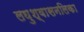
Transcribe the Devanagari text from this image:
लघुश्वासनलिका